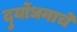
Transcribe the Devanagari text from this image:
दुर्योधनाचे